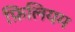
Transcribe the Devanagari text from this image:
फ़िलियम